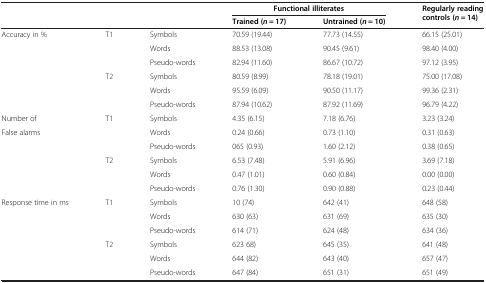
<table><thead><tr><td><b> </b></td><td><b> </b></td><td><b> </b></td><td colspan="2"><b>Functional illiterates</b></td><td rowspan="2"><b>Regularly reading controls (<i>n</i> = 14)</b></td></tr><tr><td><b> </b></td><td><b> </b></td><td><b> </b></td><td><b>Trained (<i>n</i> = 17)</b></td><td><b>Untrained (<i>n</i> = 10)</b></td></tr></thead><tbody><tr><td>Accuracy in %</td><td>T1</td><td>Symbols</td><td>70.59 (19.44)</td><td>77.73 (14.55)</td><td>66.15 (25.01)</td></tr><tr><td> </td><td> </td><td>Words</td><td>88.53 (13.08)</td><td>90.45 (9.61)</td><td>98.40 (4.00)</td></tr><tr><td> </td><td> </td><td>Pseudo-words</td><td>82.94 (11.60)</td><td>86.67 (10.72)</td><td>97.12 (3.95)</td></tr><tr><td> </td><td>T2</td><td>Symbols</td><td>80.59 (8.99)</td><td>78.18 (19.01)</td><td>75.00 (17.08)</td></tr><tr><td> </td><td> </td><td>Words</td><td>95.59 (6.09)</td><td>90.50 (11.17)</td><td>99.36 (2.31)</td></tr><tr><td> </td><td> </td><td>Pseudo-words</td><td>87.94 (10.62)</td><td>87.92 (11.69)</td><td>96.79 (4.22)</td></tr><tr><td>Number of</td><td>T1</td><td>Symbols</td><td>4.35 (6.15)</td><td>7.18 (6.76)</td><td>3.23 (3.24)</td></tr><tr><td>False alarms</td><td> </td><td>Words</td><td>0.24 (0.66)</td><td>0.73 (1.10)</td><td>0.31 (0.63)</td></tr><tr><td> </td><td> </td><td>Pseudo-words</td><td>065 (0.93)</td><td>1.60 (2.12)</td><td>0.38 (0.65)</td></tr><tr><td> </td><td>T2</td><td>Symbols</td><td>6.53 (7.48)</td><td>5.91 (6.96)</td><td>3.69 (7.18)</td></tr><tr><td> </td><td> </td><td>Words</td><td>0.47 (1.01)</td><td>0.60 (0.84)</td><td>0.00 (0.00)</td></tr><tr><td> </td><td> </td><td>Pseudo-words</td><td>0.76 (1.30)</td><td>0.90 (0.88)</td><td>0.23 (0.44)</td></tr><tr><td rowspan="6">Response time in ms</td><td rowspan="3">T1</td><td>Symbols</td><td>10 (74)</td><td>642 (41)</td><td>648 (58)</td></tr><tr><td>Words</td><td>630 (63)</td><td>631 (69)</td><td>635 (30)</td></tr><tr><td>Pseudo-words</td><td>614 (71)</td><td>624 (48)</td><td>634 (36)</td></tr><tr><td rowspan="3">T2</td><td>Symbols</td><td>623 68)</td><td>645 (35)</td><td>641 (48)</td></tr><tr><td>Words</td><td>644 (82)</td><td>643 (40)</td><td>657 (47)</td></tr><tr><td>Pseudo-words</td><td>647 (84)</td><td>651 (31)</td><td>651 (49)</td></tr></tbody></table>